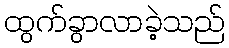
ထွက်ခွာလာခဲ့သည်